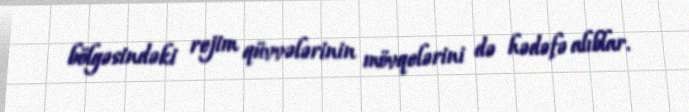
bölgəsindəki rejim qüvvələrinin mövqelərini də hədəfə alıblar.